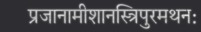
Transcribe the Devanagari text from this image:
प्रजानामीशानस्त्रिपुरमथनः